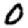
Digit: 0